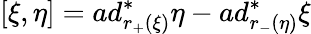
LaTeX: [\xi,\eta]=ad_{r_{+}(\xi)}^{\ast}\eta-ad_{r_{-}(\eta)}^{\ast}\xi